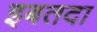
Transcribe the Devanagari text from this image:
इबतदा